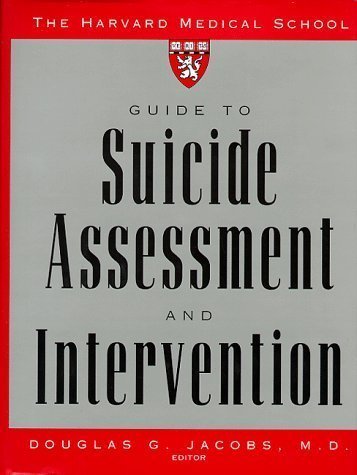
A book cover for The Harvard Medical School Guide to Suicide Assessment and Intervention 1st (first) Edition published by Jossey-Bass (1999); Education & Teaching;